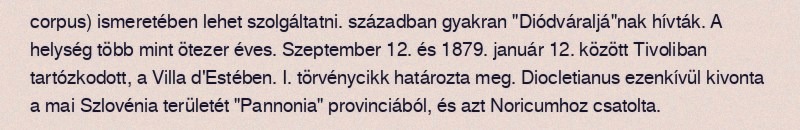
corpus) ismeretében lehet szolgáltatni. században gyakran "Diódváraljá"nak hívták. A helység több mint ötezer éves. Szeptember 12. és 1879. január 12. között Tivoliban tartózkodott, a Villa d'Estében. I. törvénycikk határozta meg. Diocletianus ezenkívül kivonta a mai Szlovénia területét "Pannonia" provinciából, és azt Noricumhoz csatolta.